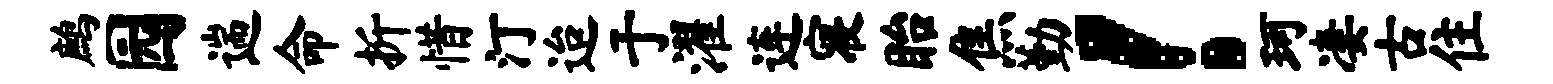
鹧园遄命折惜汀迨于濯连寝眙焦勤！珂凄古住